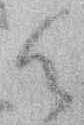
候